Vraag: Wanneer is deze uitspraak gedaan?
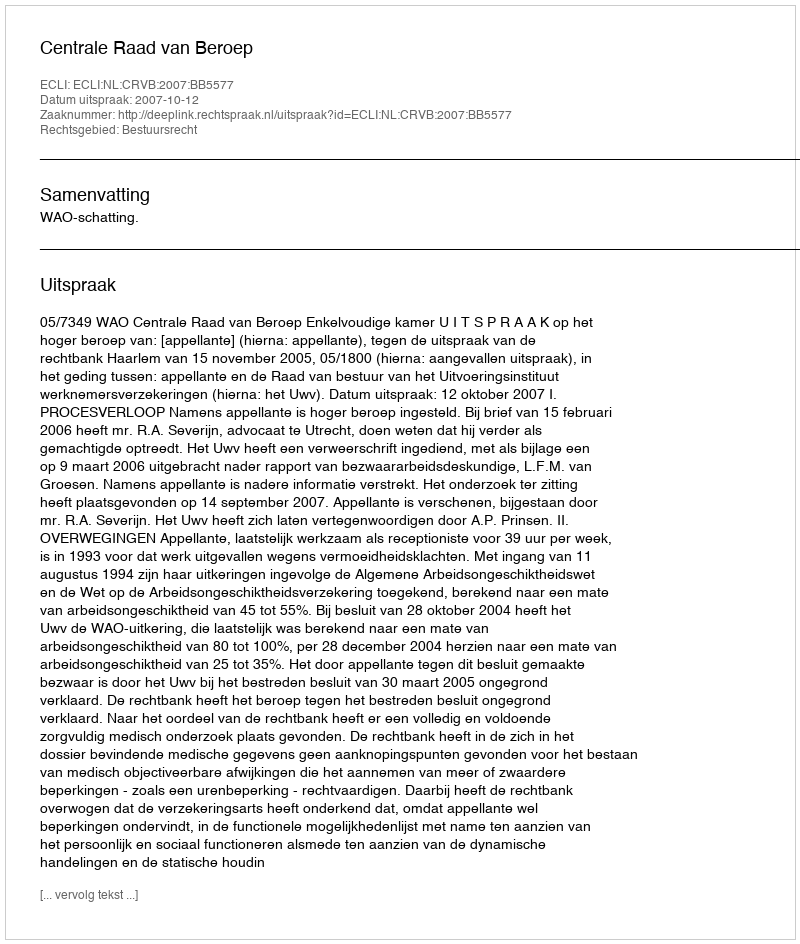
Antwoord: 2007-10-12